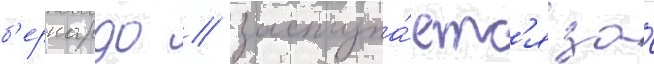
б'ернардо / заступа́етс'я за́